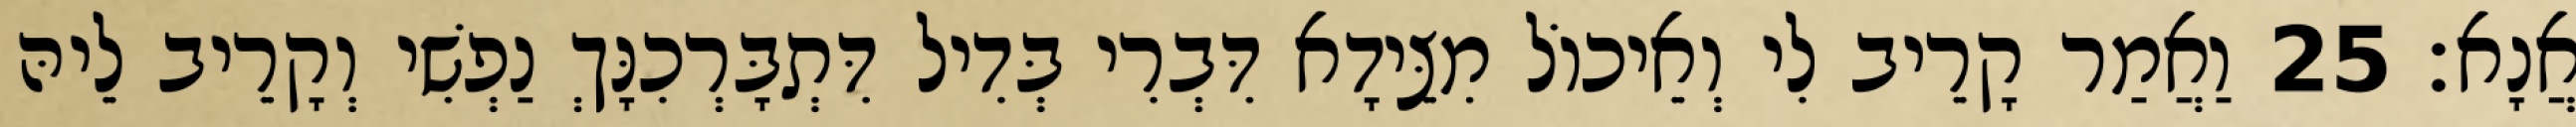
אֲנָא׃ 25 וַאֲמַר קָרֵיב לִי וְאֵיכוֹל מִצֵּידָא דִּבְרִי בְּדִיל דִּתְבָּרְכִנָּךְ נַפְשִׁי וְקָרֵיב לֵיהּ